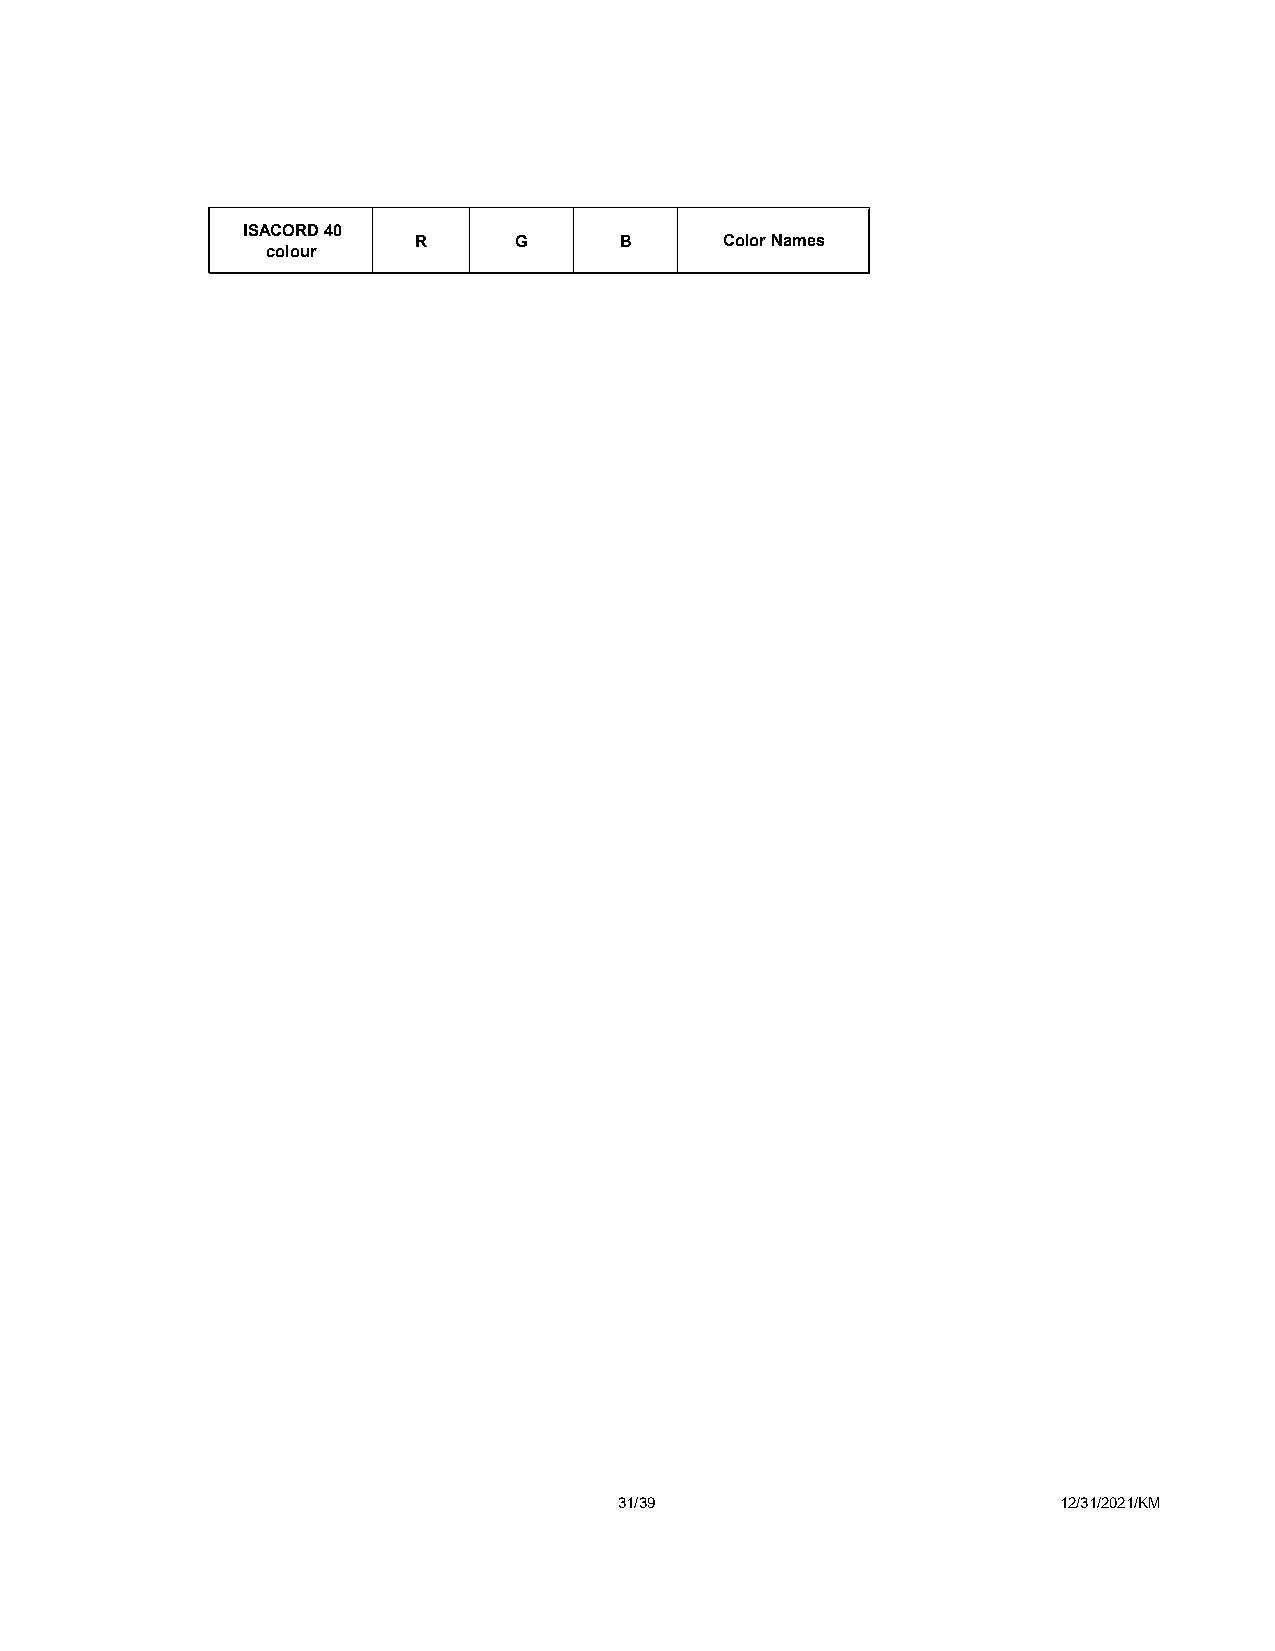
ISACORD 40
 R      G      B      Color Names
 colour
 31/39                        12/31/2021/KM